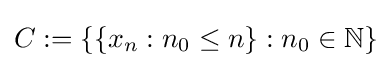
C:=\{\{x_{n}:n_{0}\leq n\}:n_{0}\in \mathbb {N} \}